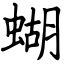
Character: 蝴